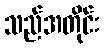
သည်အတိုင်း